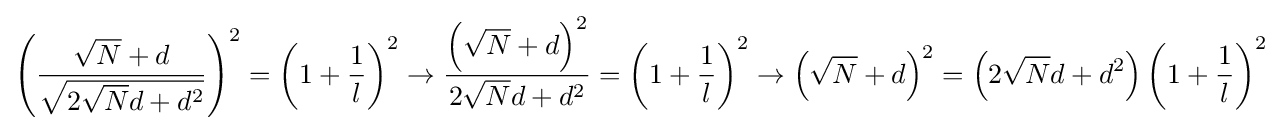
\left({\frac {{\sqrt {N}}+d}{\sqrt {2{\sqrt {N}}d+d^{2}}}}\right)^{2}=\left(1+{\frac {1}{l}}\right)^{2}\to {\frac {\left({\sqrt {N}}+d\right)^{2}}{2{\sqrt {N}}d+d^{2}}}=\left(1+{\frac {1}{l}}\right)^{2}\to \left({\sqrt {N}}+d\right)^{2}=\left(2{\sqrt {N}}d+d^{2}\right)\left(1+{\frac {1}{l}}\right)^{2}